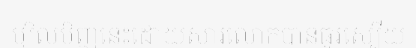
ម្សិលមិញនេះដោយសារលោកបានធូរស្បើយ